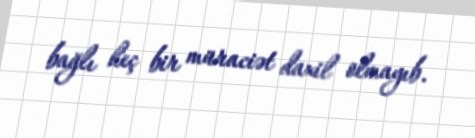
bağlı heç bir müraciət daxil olmayıb.